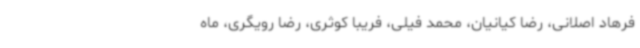
فرهاد اصلانی، رضا کیانیان، محمد فیلی، فریبا کوثری، رضا رویگری، ماه